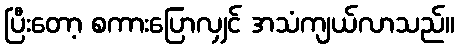
ပြီးတော့ စကားပြောလျှင် အသံကျယ်လာသည်။